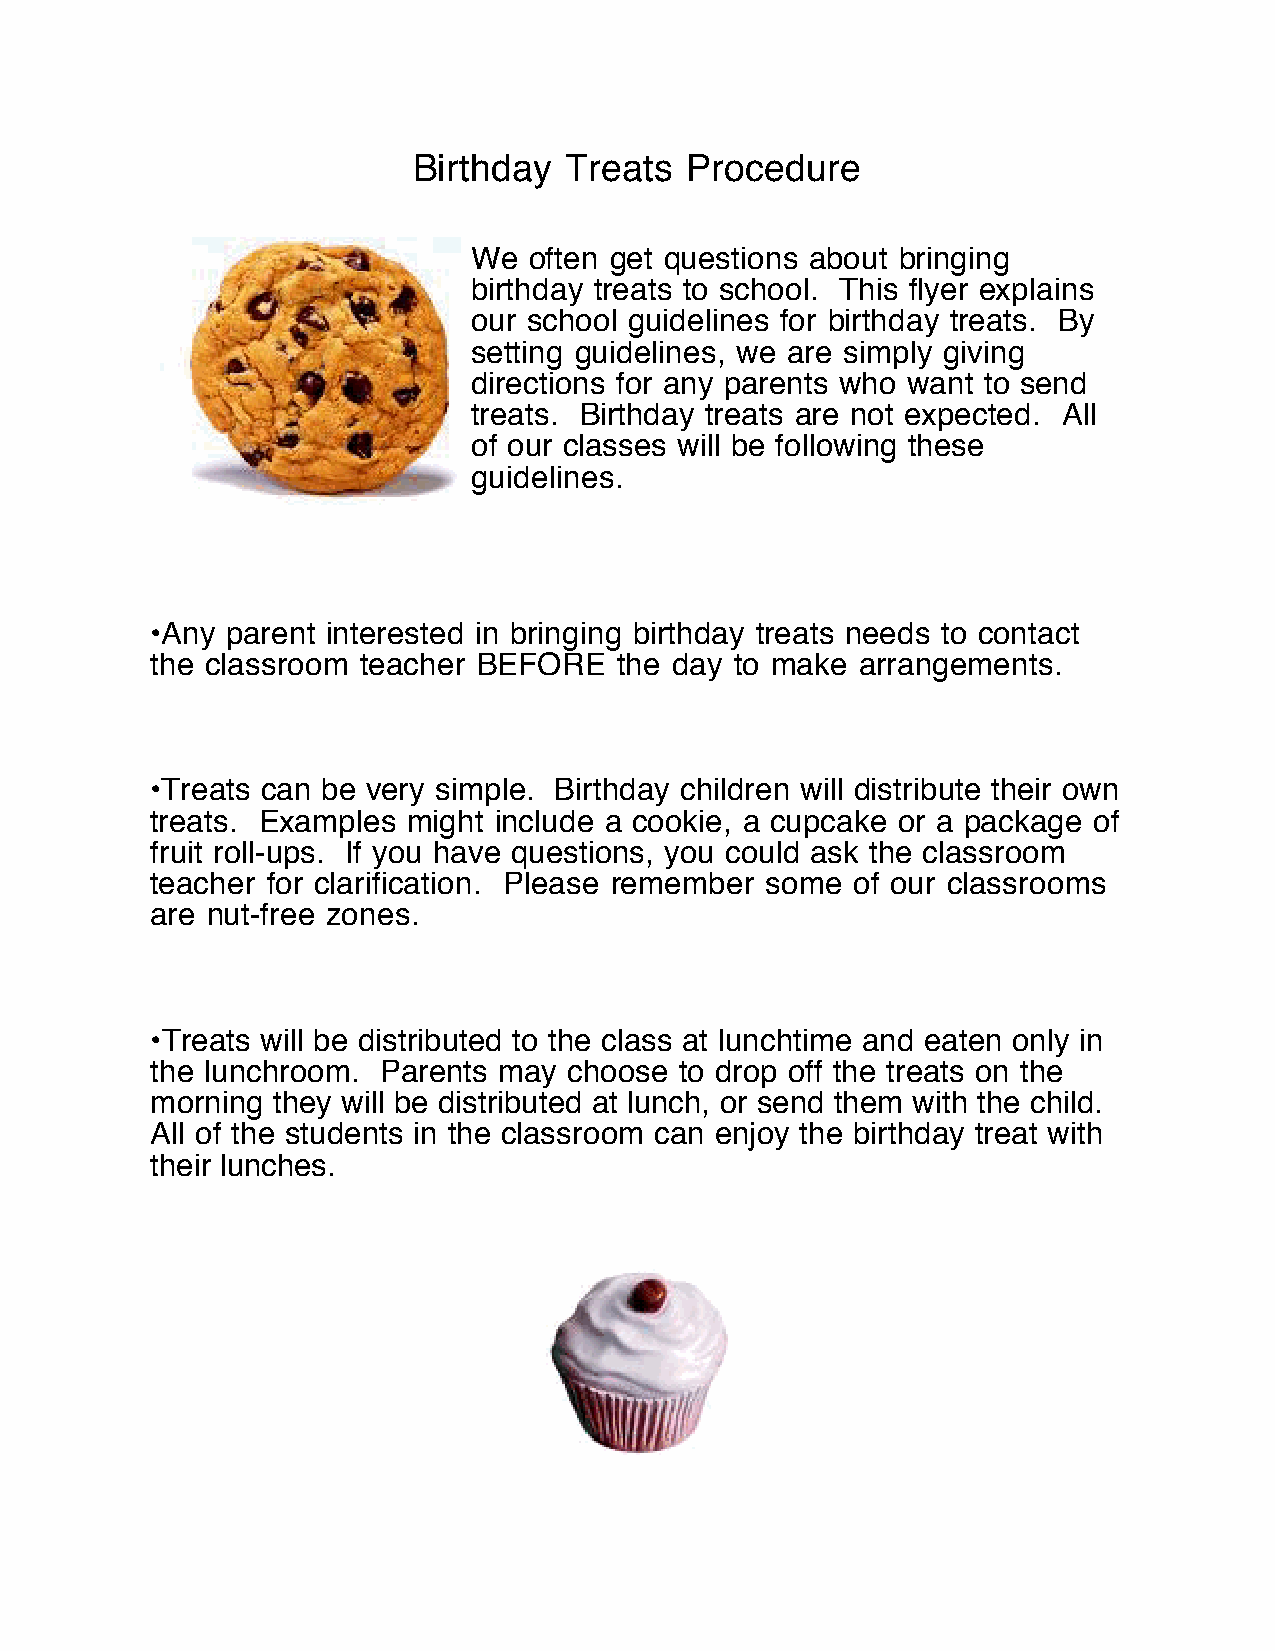
Birthday  Treats  Procedure
 We  often get questions about bringing
 birthday treats to school. This flyer explains
 our school guidelines for birthday treats. By
 setting guidelines, we are simply giving
 directions for any parents who want to send
 treats. Birthday treats are not expected. All
 of our classes will be following these
 guidelines.
 •Any parent interested in bringing birthday treats needs to contact
 the classroom teacher BEFORE   the day to make arrangements.
 •Treats can be very simple. Birthday children will distribute their own
 treats. Examples might include a cookie, a cupcake or a package of
 fruit roll-ups. If you have questions, you could ask the classroom
 teacher for clarification. Please remember some of our classrooms
 are nut-free zones.
 •Treats will be distributed to the class at lunchtime and eaten only in
 the lunchroom. Parents may  choose to drop off the treats on the
 morning they will be distributed at lunch, or send them with the child.
 All of the students in the classroom can enjoy the birthday treat with
 their lunches.